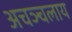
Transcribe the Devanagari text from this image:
अचञ्चलाय